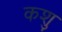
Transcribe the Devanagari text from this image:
कशु